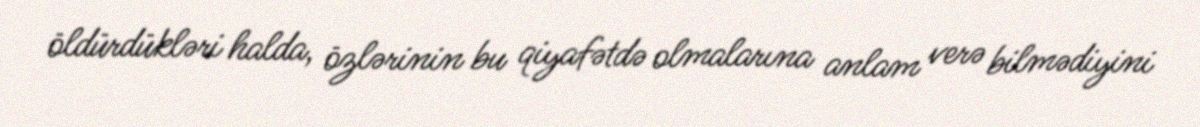
öldürdükləri halda, özlərinin bu qiyafətdə olmalarına anlam verə bilmədiyini